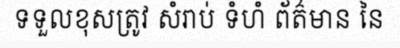
ទទួលខុសត្រូវ សំរាប់ ទំហំ ព័ត៌មាន នៃ